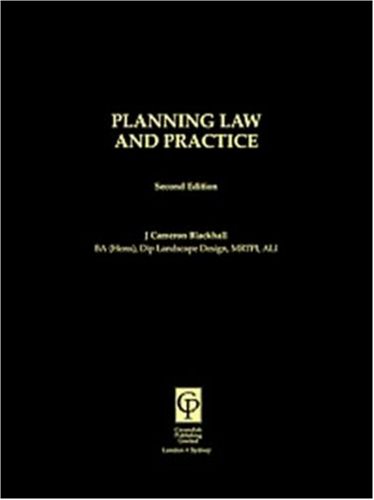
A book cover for Planning Law and Practice (Medic0-Legal Practitioner Series); Blackhall; Law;